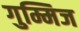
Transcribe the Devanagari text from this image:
गुम्मिज